Indian journal of veterinary science and animal husbandry - Volume 12,
Year: 1942
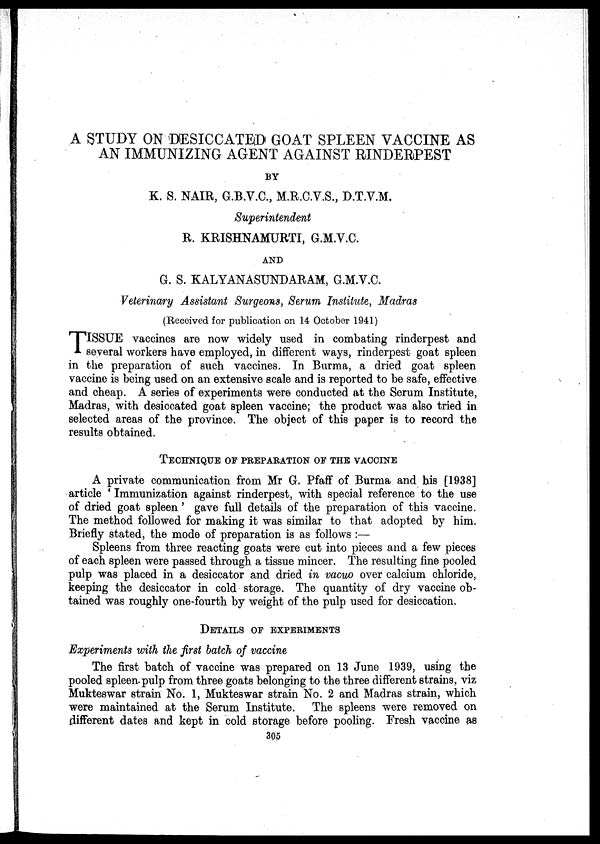
A STUDY ON DESICCATED GOAT SPLEEN VACCINE AS
AN IMMUNIZING AGENT AGAINST RINDERPEST
BY
K. S. NAIR, G.B.V.C., M.R.C.V.S., D.T.V.M.
Superintendent
R. KRISHNAMURTI, G.M.V.C.
AND
G. S. KALYANASUNDARAM, G.M.V.C.
Veterinary Assistant Surgeons, Serum Institute, Madras
(Received for publication on 14 October 1941)
T ISSUE vaccines are now widely used in combating rinderpest and
several workers have employed, in different ways, rinderpest goat spleen
in the preparation of such vaccines. In Burma, a dried goat spleen
vaccine is being used on an extensive scale and is reported to be safe, effective
and cheap. A series of experiments were conducted at the Serum Institute,
Madras, with desiccated goat spleen vaccine; the product was also tried in
selected areas of the province. The object of this paper is to record the
results obtained.
TECHNIQUE OF PREPARATION OF THE VACCINE
A private communication from Mr G. Pfaff of Burma and his [1938]
article ' Immunization against rinderpest, with special reference to the use
of dried goat spleen' gave full details of the preparation of this vaccine.
The method followed for making it was similar to that adopted by him.
Briefly stated, the mode of preparation is as follows :—
Spleens from three reacting goats were cut into pieces and a few pieces
of each spleen were passed through a tissue mincer. The resulting fine pooled
pulp was placed in a desiccator and dried in vacuo over calcium chloride,
keeping the desiccator in cold storage. The quantity of dry vaccine ob-
tained was roughly one-fourth by weight of the pulp used for desiccation.
DETAILS OF EXPERIMENTS
Experiments with the first batch of vaccine
The first batch of vaccine was prepared on 13 June 1939, using the
pooled spleen pulp from three goats belonging to the three different strains, viz
Mukteswar strain No. 1, Mukteswar strain No. 2 and Madras strain, which
were maintained at the Serum Institute. The spleens were removed on
different dates and kept in cold storage before pooling. Fresh vaccine as
305